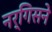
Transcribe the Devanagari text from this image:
नर्गिसने